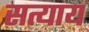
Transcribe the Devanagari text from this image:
सत्याय